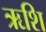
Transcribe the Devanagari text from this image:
ऋशि